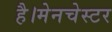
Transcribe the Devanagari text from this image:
है।मेनचेस्टर